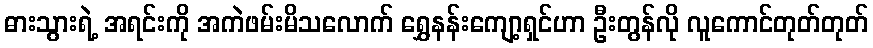
ဓားသွားရဲ့ အရင်းကို အကဲဖမ်းမိသလောက် ရွှေနန်းကျော့ရှင်ဟာ ဦးတွန်လို လူကောင်တုတ်တုတ်